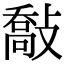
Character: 敽